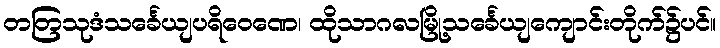
တတြသုဒံသင်္ခေယျပရိဝေဏေ၊ ထိုသာဂလမြို့သင်္ခေယျကျောင်းတိုက်၌ပင်။